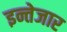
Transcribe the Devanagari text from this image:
इन्तेजार